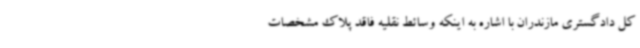
کل دادگستری مازندران با اشاره به اینکه وسائط نقلیه فاقد پلاک مشخصات